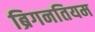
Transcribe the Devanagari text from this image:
ब्रिगनतियम